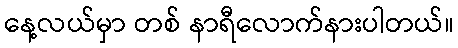
နေ့လယ်မှာ တစ် နာရီလောက်နားပါတယ်။